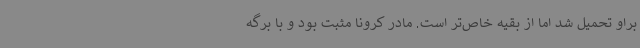
براو تحمیل شد اما از بقیه خاص‌تر است. مادر کرونا مثبت بود و با برگه